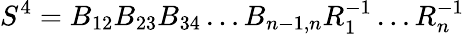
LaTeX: S^{4}=B_{12}B_{23}B_{34}\dots B_{n-1,n}R_{1}^{-1}\dots R_{n}^{-1}